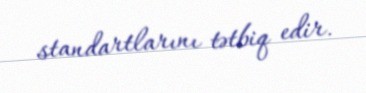
standartlarını tətbiq edir.